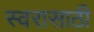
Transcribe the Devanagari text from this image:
स्वरासाठी